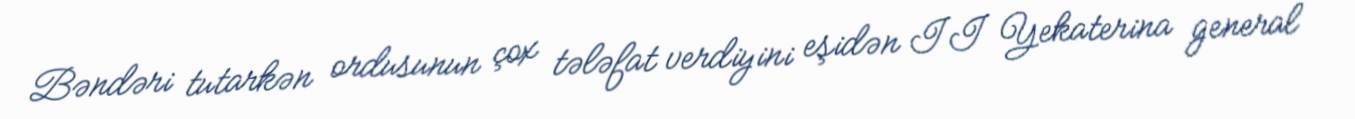
Bəndəri tutarkən ordusunun çox tələfat verdiyini eşidən II Yekaterina general